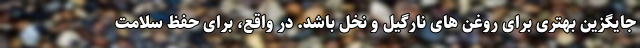
جایگزین بهتری برای روغن های نارگیل و نخل باشد. در واقع، برای حفظ سلامت